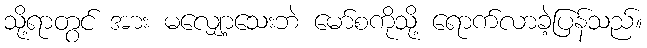
သို့ရာတွင် အား မလျှော့သေးဘဲ မော်စကိုသို့ ရောက်လာခဲ့ပြန်သည်။